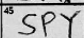
Transcription: SPY